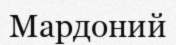
Мардоний